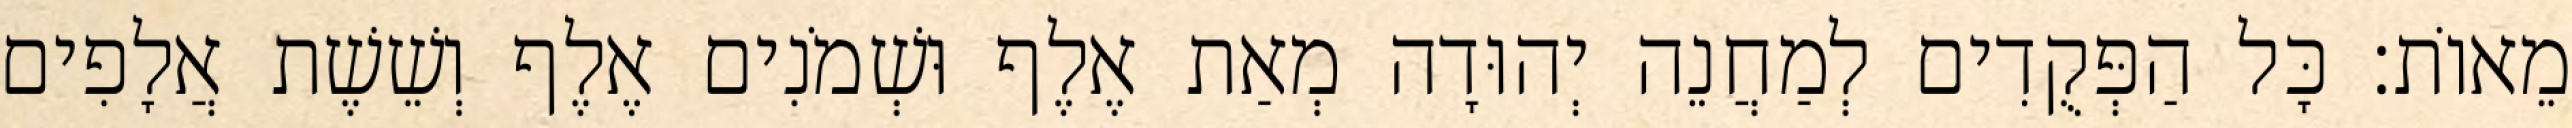
מֵאוֹת׃ כָּל הַפְּקֻדִים לְמַחֲנֵה יְהוּדָה מְאַת אֶלֶף וּשְׁמֹנִים אֶלֶף וְשֵׁשֶׁת אֲלָפִים